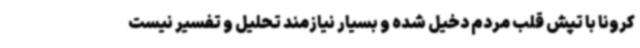
کرونا با تپش قلب مردم دخیل شده و بسیار نیازمند تحلیل و تفسیر نیست